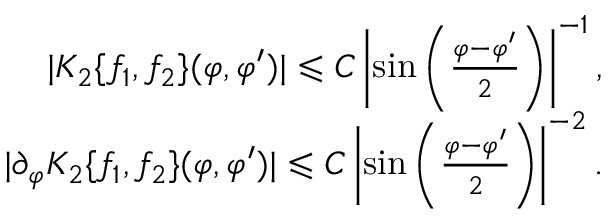
\begin{array} { r } { | K _ { 2 } \{ f _ { 1 } , f _ { 2 } \} ( \varphi , \varphi ^ { \prime } ) | \leqslant C \left| \sin \left( \frac { \varphi - \varphi ^ { \prime } } { 2 } \right) \right| ^ { - 1 } , } \\ { | \partial _ { \varphi } K _ { 2 } \{ f _ { 1 } , f _ { 2 } \} ( \varphi , \varphi ^ { \prime } ) | \leqslant C \left| \sin \left( \frac { \varphi - \varphi ^ { \prime } } { 2 } \right) \right| ^ { - 2 } . } \end{array}